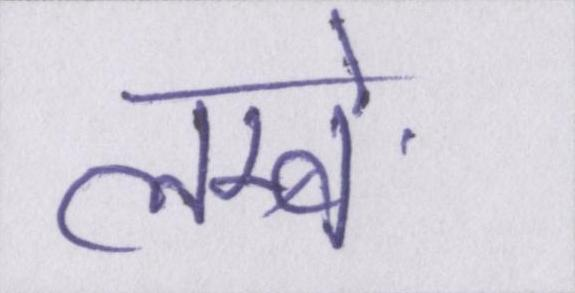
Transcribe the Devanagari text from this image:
लम्बे